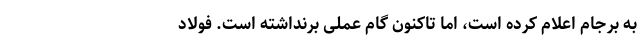
به برجام اعلام کرده است، اما تاکنون گام عملی برنداشته است. فولاد